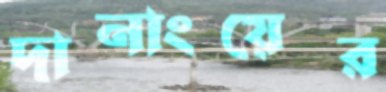
দানাংয়ের